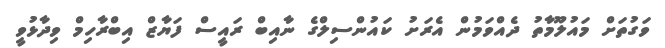
ވަގުތަށް މައުލޫމާތު ދެއްވަމުން އެރަށު ކައުންސިލްގެ ނާއިބް ރައީސް ފަޔާޒް އިބްރާހިމް ވިދާޅުވީ